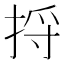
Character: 捋